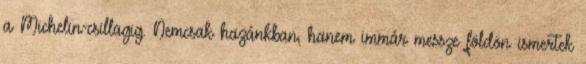
a Michelin-csillagig. Nemcsak hazánkban, hanem immár messze földön ismertek